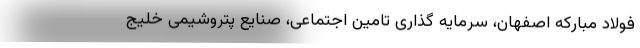
فولاد مبارکه اصفهان، سرمایه گذاری تامین اجتماعی، صنایع پتروشیمی خلیج